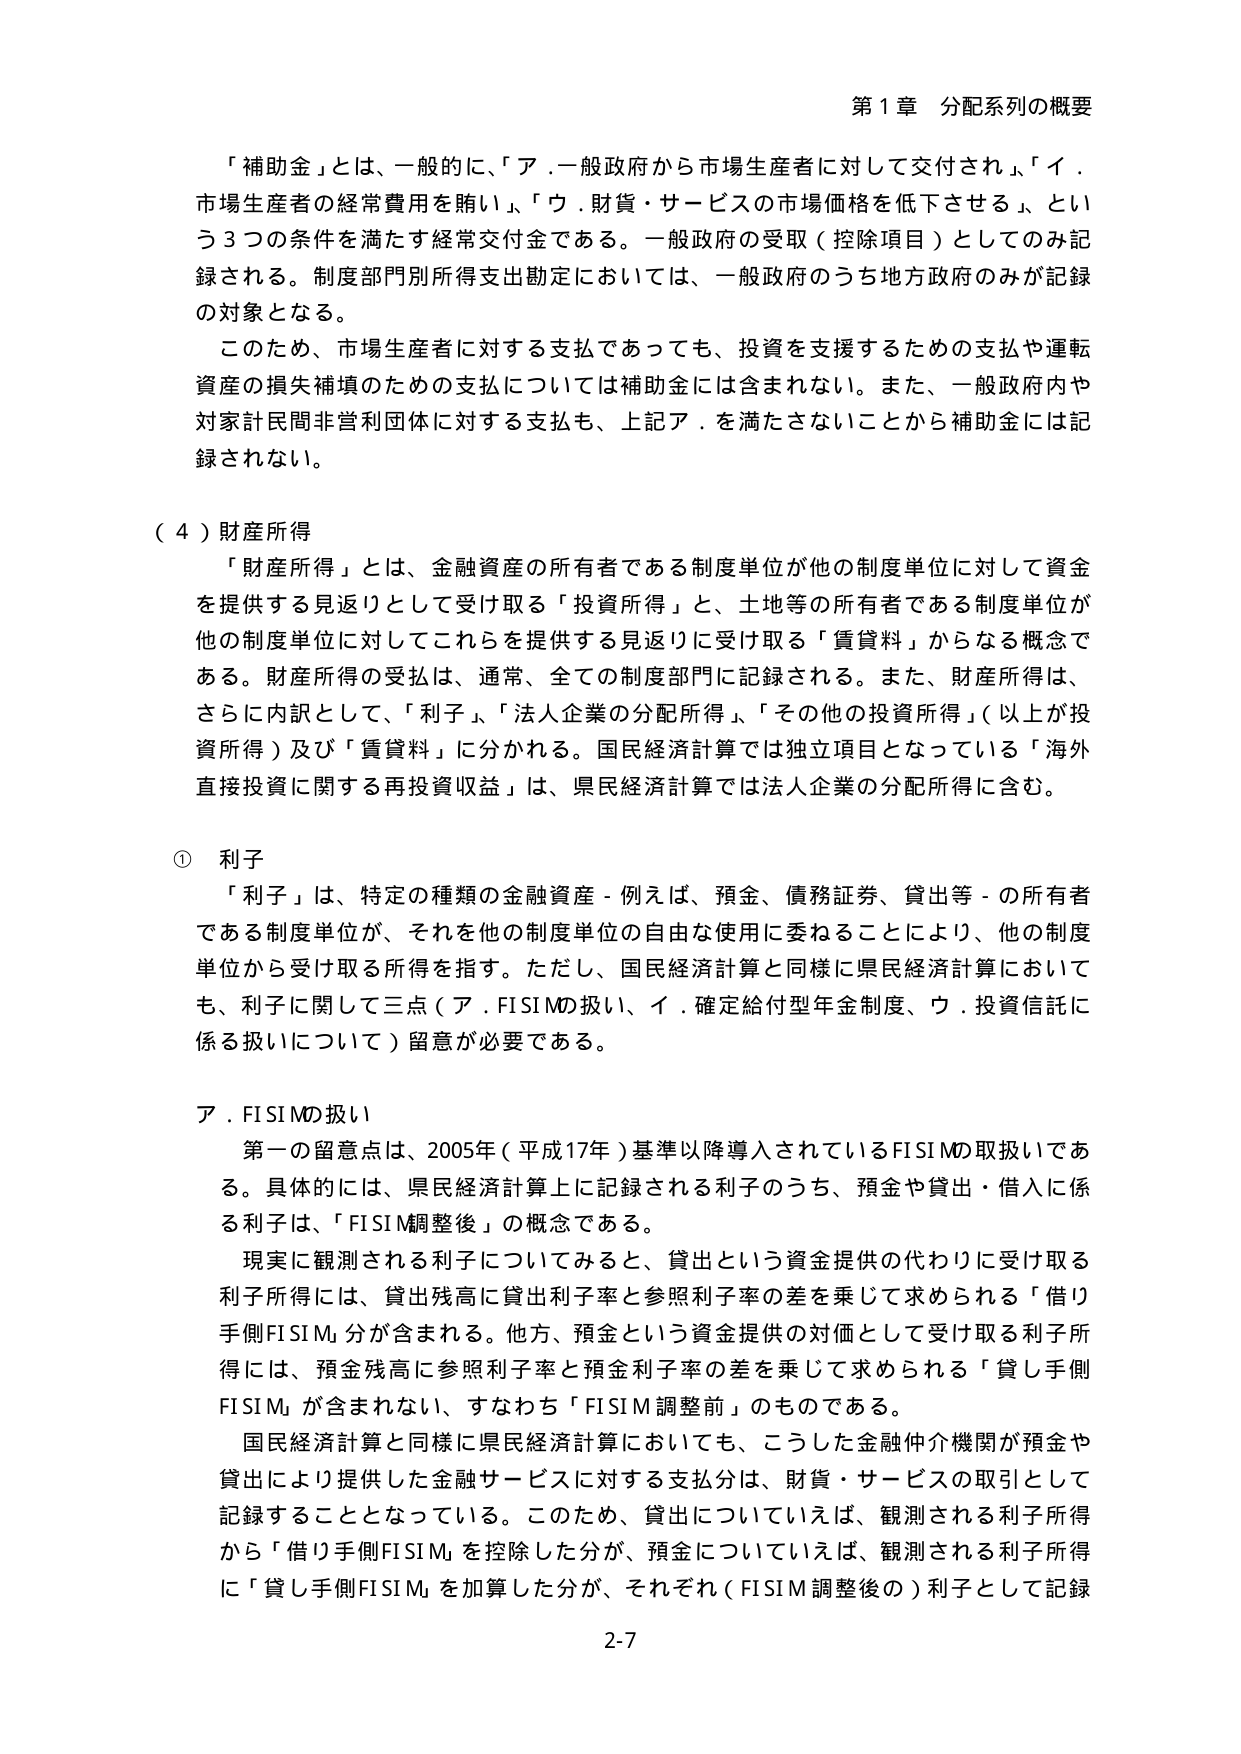
第１章 分配系列の概要

「補助金」とは、一般的に、「ア．一般政府から市場生産者に対して交付され」、「イ．市場生産者の経常費用を賄い」、「ウ．財貨・サービスの市場価格を低下させる」という３つの条件を満たす経常交付金である。一般政府の受取（控除項目）としてのみ記録される。制度部門別所得支出勘定においては、一般政府のうち地方政府のみが記録の対象となる。

このため、市場生産者に対する支払であっても、投資を支援するための支払や運転資産の損失補填のための支払については補助金には含まれない。また、一般政府内や対家計民間非営利団体に対する支払も、上記ア．を満たさないことから補助金には記録されない。

（４）財産所得

「財産所得」とは、金融資産の所有者である制度単位が他の制度単位に対して資金を提供する見返りとして受け取る「投資所得」と、土地等の所有者である制度単位が他の制度単位に対してこれを提供する見返りに受け取る「賃貸料」からなる概念である。財産所得の受払は、通常、全ての制度部門に記録される。また、財産所得は、さらに内訳として、「利子」、「法人企業の分配所得」、「その他の投資所得」（以上が投資所得）及び「賃貸料」に分かれる。国民経済計算では独立項目となっている「海外直接投資に関する再投資収益」は、県民経済計算では法人企業の分配所得に含む。

① 利子

「利子」は、特定の種類の金融資産－例えば、預金、債務証券、貸出等－の所有者である制度単位が、それを他の制度単位の自由な使用に委ねることにより、他の制度単位から受け取る所得を指す。ただし、国民経済計算と同様に県民経済計算においても、利子に関して三点（ア．FISIMの扱い、イ．確定給付型年金制度、ウ．投資信託に係る扱いについて）留意が必要である。

ア．FISIMの扱い

第一の留意点は、2005年（平成17年）基準以降導入されているFISIMの取扱いである。具体的には、県民経済計算上に記録される利子のうち、預金や貸出・借入に係る利子は、「FISIM調整後」の概念である。

現実に観測される利子についてみると、貸出という資金提供の代わりに受け取る利子所得には、貸出残高に貸出利子率と参照利子率の差を乗じて求められる「借り手側FISIM」分が含まれる。他方、預金という資金提供の対価として受け取る利子所得には、預金残高に参照利子率と預金利子率の差を乗じて求められる「貸し手側FISIM」が含まれない、すなわち「FISIM調整前」のものである。

国民経済計算と同様に県民経済計算においても、こうした金融仲介機関が預金や貸出により提供した金融サービスに対する支払分は、財貨・サービスの取引として記録することとなっている。このため、貸出については、観測される利子所得から「借り手側FISIM」を控除した分が、預金については、観測される利子所得に「貸し手側FISIM」を加算した分が、それぞれ（FISIM調整後の）利子として記録

2-7